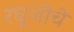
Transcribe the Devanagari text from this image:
रघूजीचे